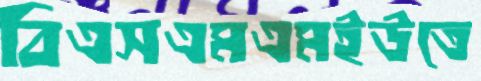
বিএসএমএমইউতে